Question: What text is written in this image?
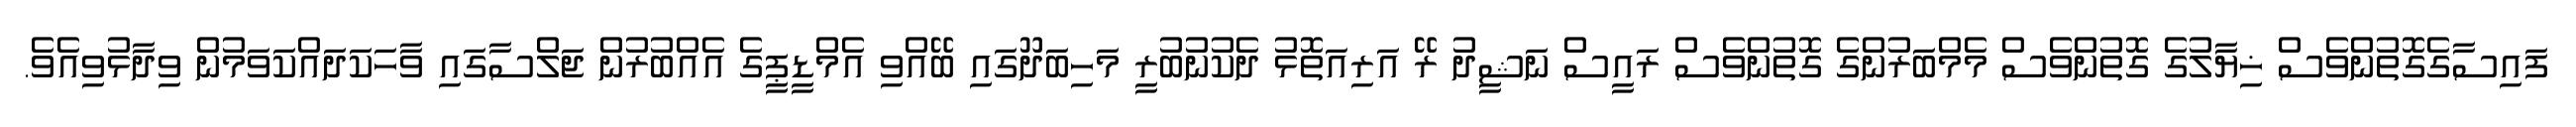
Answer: ފައިސާގެގޮތުންވެސް ޚިޔާލުގެ ގޮތުންވެސް މެމްބަރުންގެ ގޮތުންވެސް ރައީސް ނަޝީދު ރޭ އަރިއަތޮޅު ދެކުނުބުރީ މަހިބަދޫގައި ބޭއްވި އެމްޑީޕީގެ އެއްބުރުން ޖަލްސާގައި ވާހަކަދައްކަވަމުން ވިދާޅުވިއެވެ.